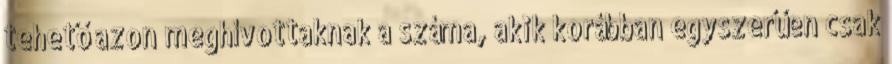
tehető azon meghívottaknak a száma, akik korábban egy­­sze­rű­­en csak